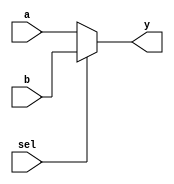
`timescale 1ns / 1ps
//////////////////////////////////////////////////////////////////////////////////
// Company: 
// Engineer: 
// 
// Design Name: 
// Module Name: mux
// Project Name: 
// Target Devices: 
// Tool Versions: 
// Description: 
// 
// Dependencies: 
// 
// Revision:
// Revision 0.01 - File Created
// Additional Comments:
// 
//////////////////////////////////////////////////////////////////////////////////


module mux2 #(parameter mux_width= 32)
(   input [mux_width-1:0] a,b,
    input sel,
    output [mux_width-1:0] y
    );
    
    assign y = sel ? b : a;
endmodule